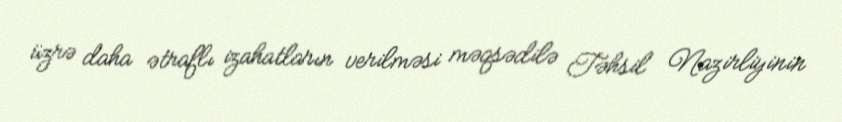
üzrə daha ətraflı izahatların verilməsi məqsədilə Təhsil Nazirliyinin